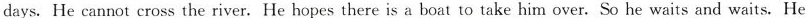
days. He cannot cross the river. He hopes there is a boat to take him over. So he waits and waits. He